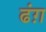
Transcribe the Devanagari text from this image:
ढंग़